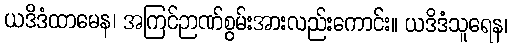
ယဒိဒံထာမေန၊ အကြင်ဉာဏ်စွမ်းအားလည်းကောင်း။ ယဒိဒံသူရေန၊